Vaccination North-Western Provinces and Oudh 1878-1895 - 1878-1895
Year: 1878
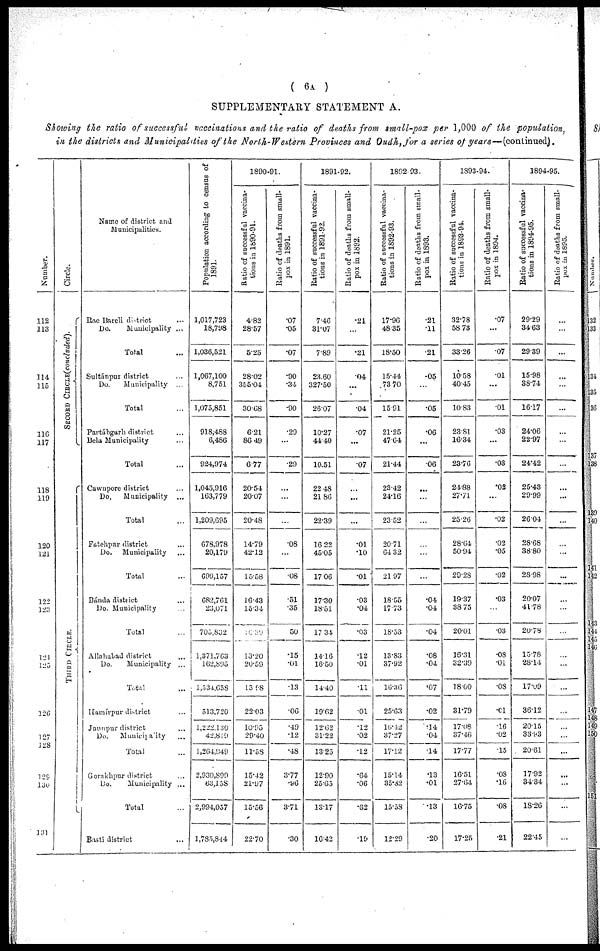
( 6A )
SUPPLEMENTARY STATEMENT A.
Showing the ratio of successful vaccinations and the ratio of deaths from small-pox per 1,000 of the population
in the districts and Municipalities of the North-Western Provinces and Qudh,for a series of years—(continued).
Number.
112
113
114
115
116
117
118
119
120
121
122
123
124
125
126
127
128
129
130
131
Circle.
SECOND CIRCLE(concluded).
THIRD CIRCLE.
Name of district and
Municipalities.
Rae Bareli district ...
Do.
Municipality ...
Total ...
Sultánpur district ...
Do.
Municipality ...
Total ...
Partábgarh district ...
Bela Municipality ...
Total ...
Cawnpore district ...
Do.
Municipality
...
Total ...
Fatehpur district ...
Do.
Municipality ...
Total ...
Bánda district ...
Do. Municipality ...
Total ...
Allahabad district ...
Do.
Municipality ...
Total ...
Hamírpur district ...
Jaunpur district ...
Do.
Municipality ...
Total ...
Gorakhpur district ...
Do.
Municipality ...
Total ...
Basti district
...
Population according to census of
1891.
1,017,723
18,798
1,036,521
1,067,100
8,751
1,075,851
918,488
6,486
924,974
1,045,916
163,779
1,209,695
678,978
20,179
699,157
682,761
23,071
705,832
1,371,763
162,895
1,534,658
513,720
1,222,130
42,819
1,264,949
2,930,899
63,158
2,994,057
1,785,844
1890-91.
Ratio of successful vaccina-
tions in 1890-91.
4.82
28.57
5.25
28.02
355.04
30.68
6.21
86.49
6.77
20.54
20.07
20.48
14.79
42.12
15.58
16.43
15.34
16.50
13.20
20.59
13.98
22.03
10.95
29.40
11.58
15.42
21.97
15.56
22.70
Ratio of deaths from small-
pox in 1891.
.07
.05
.07
.90
.34
.90
.29
...
.29
...
...
...
.08
...
.08
.51
.35
.50
.15
.01
.13
.06
.49
.12
.48
3.77
.96
3.71
.30
1891-92.
Ratio of successful vaccina-
tions in 1891-92.
7.46
31.07
7.89
23.60
327.50
26.07
10.27
44.40
10.51
22.48
21.86
22.39
16.22
45.05
17.06
17.30
18.51
17.34
14.16
16.50
14.40
19.62
12.62
31.22
13.25
12.90
25.65
13.17
16.42
Ratio of deaths from small-
pox in 1892.
.21
...
.21
.04
...
.04
.07
...
.07
...
...
...
.01
.10
.01
.03
.04
.03
.12
.01
.11
.01
.12
.02
.12
.64
.06
.62
.19
1892-93.
Ratio of successful vaccina-
tions in 1892-93.
17.96
48.35
18.50
15.44
73.70
15.91
21.25
47.64
21.44
23.42
24.16
23.52
20.71
64.32
21.97
18.55
17.73
18.53
13.83
37.92
10.36
25.63
16.12
37.27
17.12
15.14
35.82
15.58
12.29
Ratio of deaths from small-
pox in 1893.
.21
.11
.21
.05
...
.05
.06
...
.06
...
...
...
...
...
...
.04
.04
.04
.08
.04
.07
.02
.14
.04
.14
.13
.01
.13
.20
1893-94.
Ratio of successful vaccina-
tions in 1893-94.
32.78
58.73
33.26
10.58
40.45
10.83
23.81
16.34
23.76
24.88
27.71
25.26
28.64
50.94
29.28
19.37
38.75
20.01
16.31
32.39
18.00
31.79
17.08
37.46
17.77
16.51
27.64
16.75
17.25
Ratio of deaths from small-
pox in 1894.
.07
...
.07
.01
...
.01
.03
...
.03
.02
...
.02
.02
.05
.02
.03
...
.03
.08
.01
.08
.01
.16
.02
.15
.08
.16
.08
.21
1894-95.
Ratio of successful vaccina-
tions in 1894-95.
29.29
34.63
29.39
15.98
38.74
16.17
24.06
22.97
24.42
25.43
29.99
26.04
28.68
38.80
28.98
20.07
41.78
20.78
15.78
28.14
17.09
36.12
20.15
33.93
20.61
17.92
34.34
18.26
22.45
Ratio of deaths from small-
pox in 1805.
...
...
...
...
...
...
...
...
...
...
...
...
...
...
...
...
...
...
...
...
...
...
...
...
...
...
...
...
...